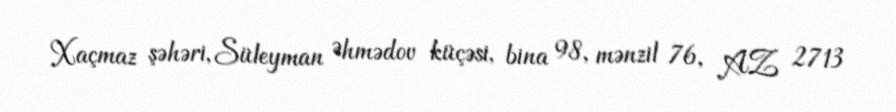
Xaçmaz şəhəri, Süleyman Əhmədov küçəsi, bina 98, mənzil 76, AZ 2713